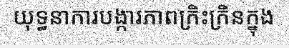
យុទ្ធនាការបង្ការភាពក្រិះក្រិនក្នុង